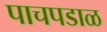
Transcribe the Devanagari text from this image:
पाचपडाळ